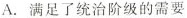
A.满足了统治阶级的需要